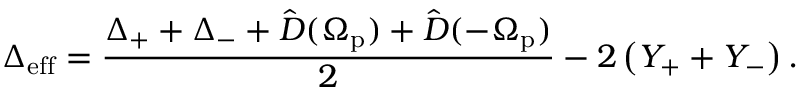
\Delta _ { \mathrm { e f f } } = \frac { \Delta _ { + } + \Delta _ { - } + \hat { D } ( \Omega _ { \mathrm { p } } ) + \hat { D } ( - \Omega _ { \mathrm { p } } ) } { 2 } - 2 \left( Y _ { + } + Y _ { - } \right) .